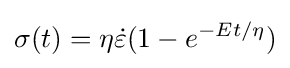
\sigma (t)=\eta {\dot {\varepsilon }}(1-e^{-Et/\eta })